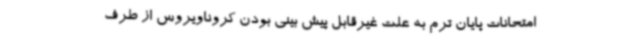
امتحانات پایان ترم به علت غیرقابل پیش بینی بودن کروناویروس از طرف